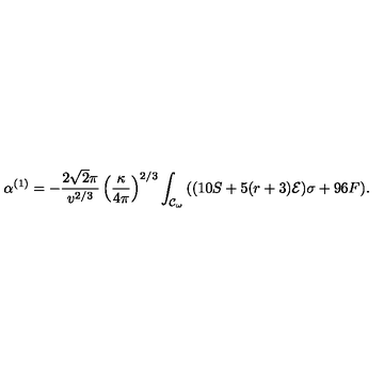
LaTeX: \alpha ^ { ( 1 ) } = - \frac { 2 \sqrt { 2 } \pi } { v ^ { 2 / 3 } } \left( \frac { \kappa } { 4 \pi } \right) ^ { 2 / 3 } \int _ { { \cal { C } } _ { \omega } } { ( ( 1 0 S + 5 ( r + 3 ) { \cal { E } } ) \sigma + 9 6 F ) } .